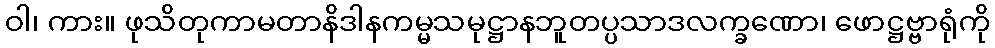
ဝါ၊ ကား။ ဖုသိတုကာမတာနိဒါနကမ္မသမုဋ္ဌာနဘူတပ္ပသာဒလက္ခဏော၊ ဖောဋ္ဌဗ္ဗာရုံကို